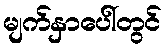
မျက်နှာပေါ်တွင်